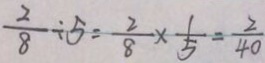
\frac { 2 } { 8 } \div 5 = \frac { 2 } { 8 } \times \frac { 1 } { 5 } = \frac { 2 } { 4 0 }